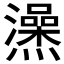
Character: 𤒕